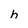
Character: h